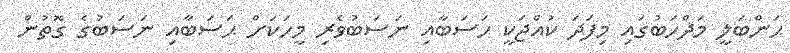
ޙަންބަލީ މަޛްހަބުގައި މިފަދަ ކުއްޖަކީ ޙަސަބާއި ނަސަބުވެރި މީހަކަށް ޙަސަބާއި ނަސަބުގެ ގޮތުން